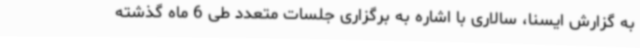
به گزارش ایسنا، سالاری با اشاره به برگزاری جلسات متعدد طی 6 ماه گذشته